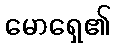
မောရှေ၏